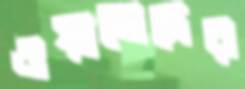
ওয়াজেদের